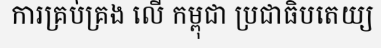
ការគ្រប់គ្រង លើ កម្ពុជា ប្រជាធិបតេយ្យ